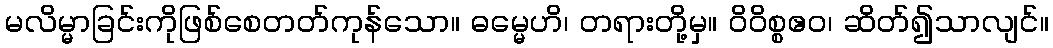
မလိမ္မာခြင်းကိုဖြစ်စေတတ်ကုန်သော။ ဓမ္မေဟိ၊ တရားတို့မှ။ ဝိဝိစ္စဧဝ၊ ဆိတ်၍သာလျင်။